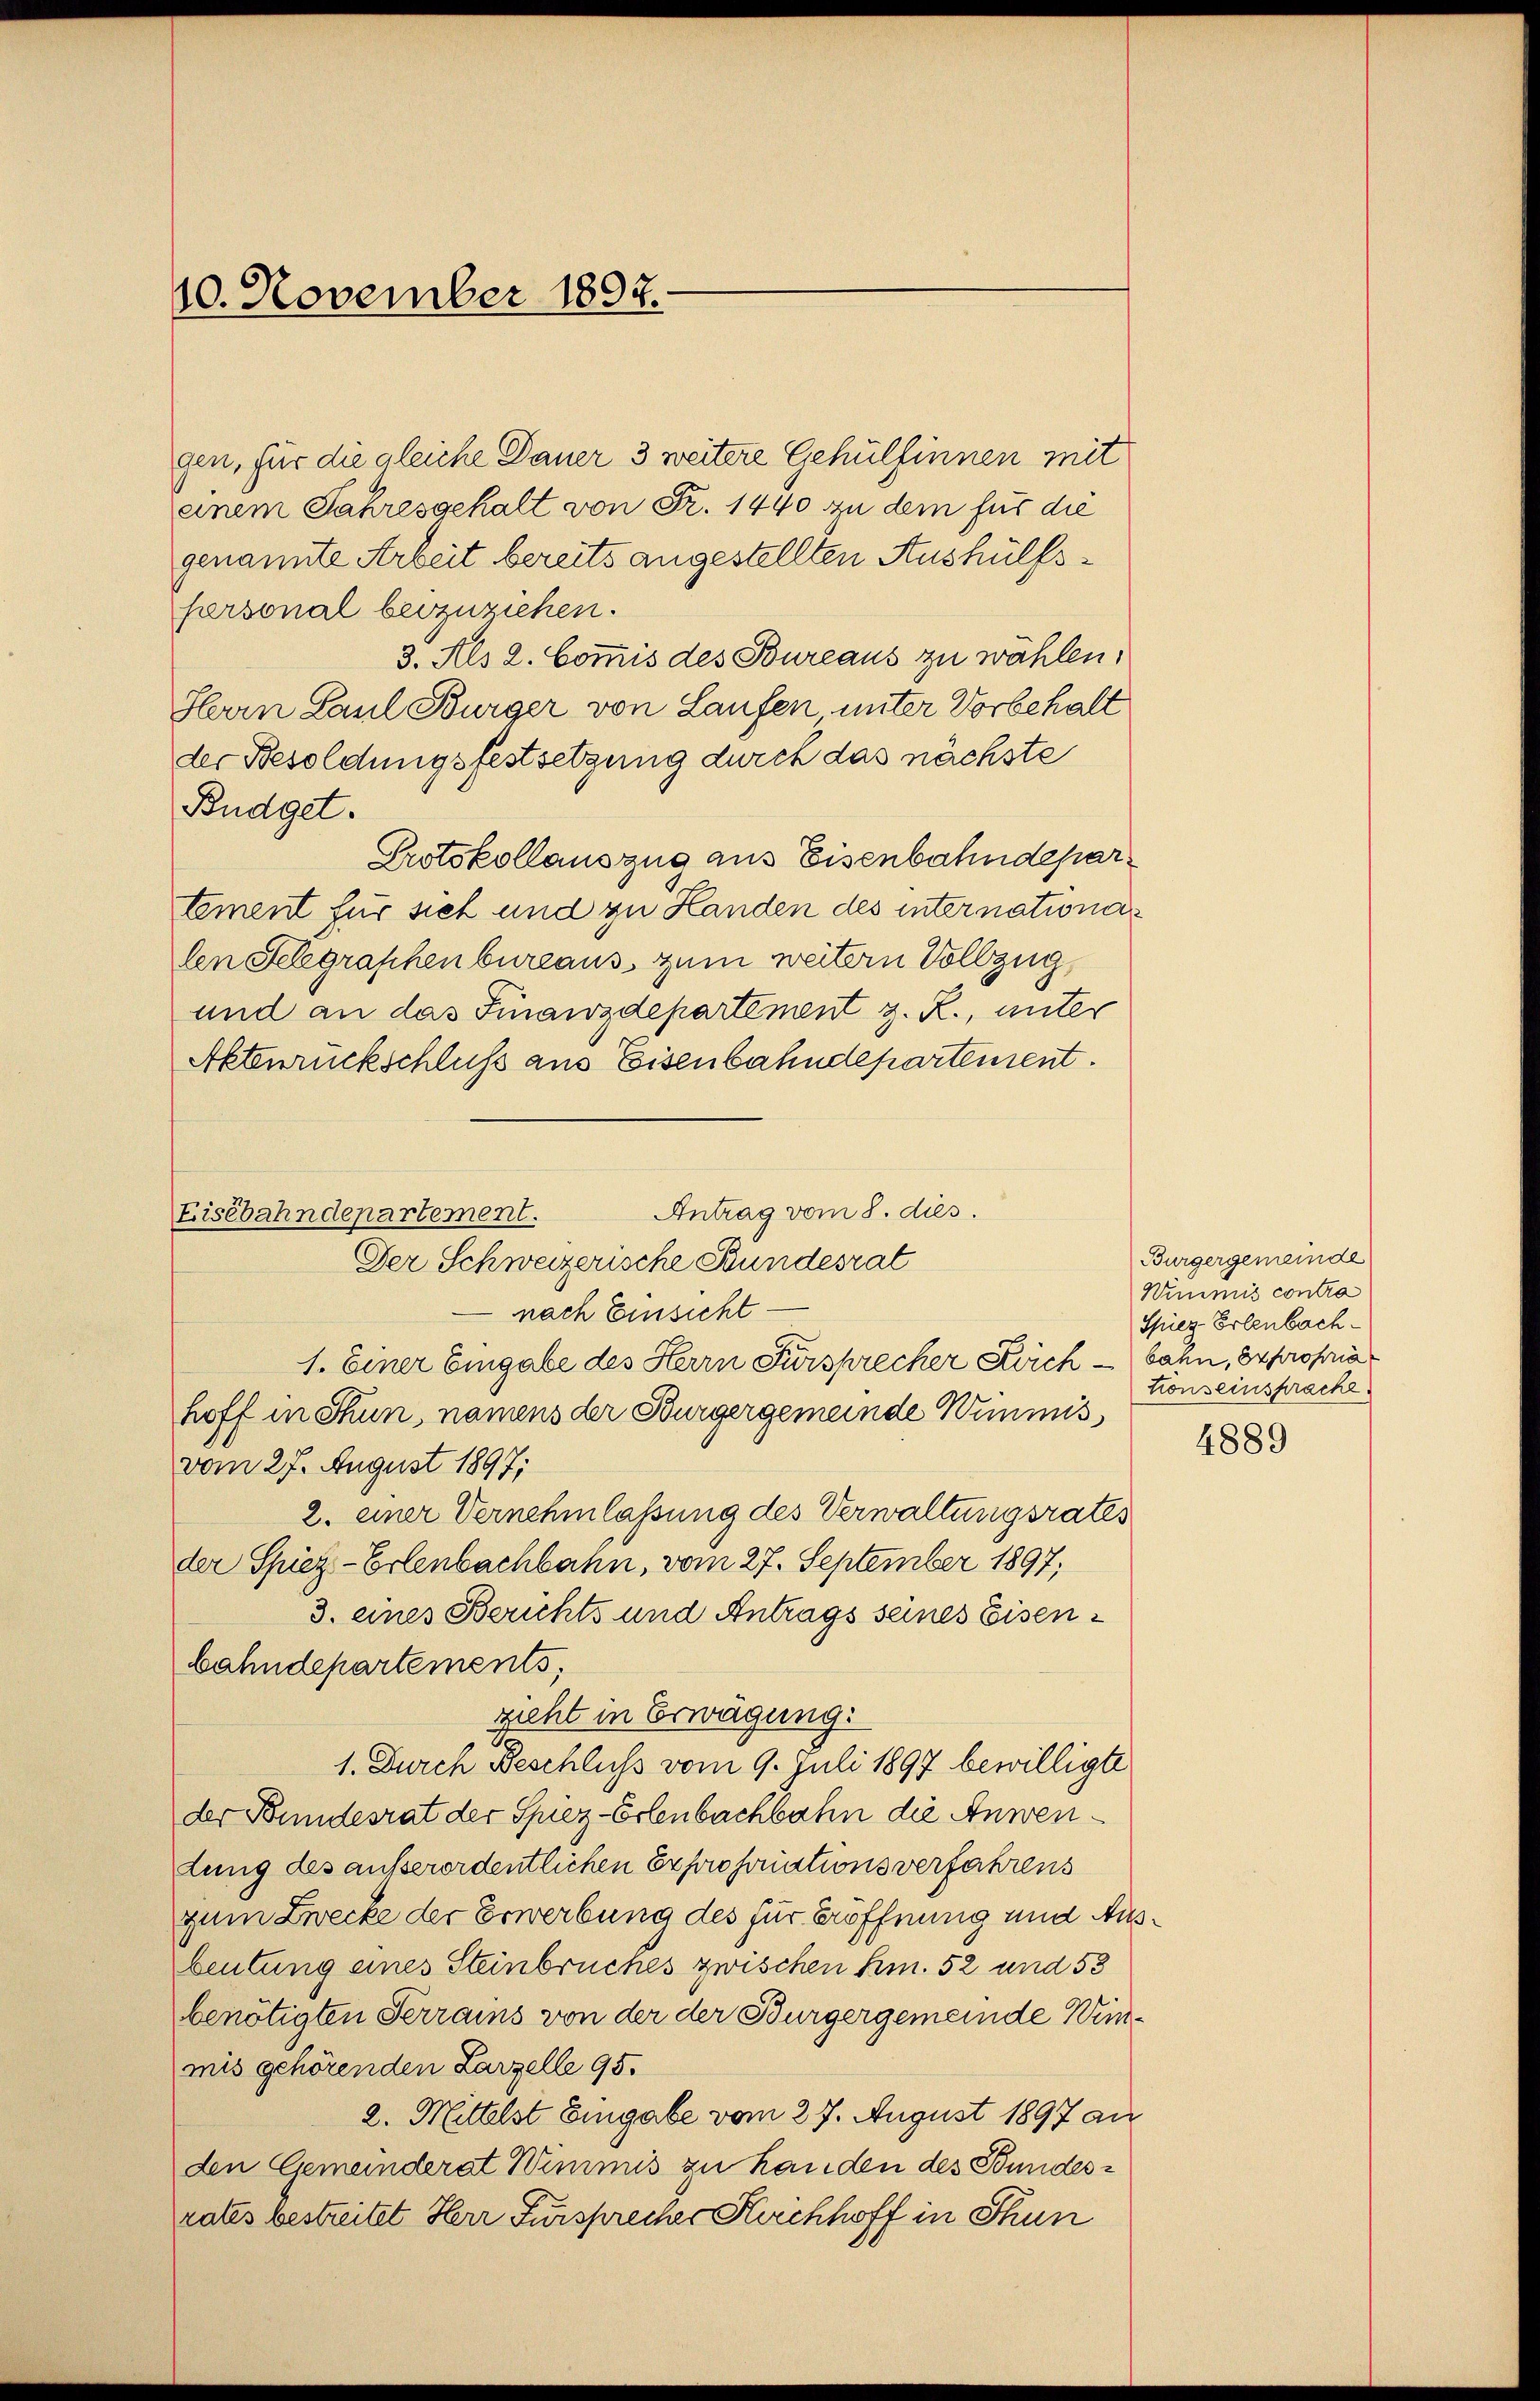
10. November 1892.

Antrag vom 8. dies
Lisébahndepartement.
Der Schweizerische Bundesrat

gen, für die gleiche Dauer 3 weitere Gehülfinnen mit
einem Jahresgehalt von Fr. 1440 zu dem für die
genannte Arbeit bereits angestellten Aushülfshersonal beizuziehen.
3. Als 2. Commis des Bureaus zu wählen;
Herrn Paul Bürger von Laufen unter Vorbehalt
der Besoldungsfestsetzung durch das nächste
Budget.
Protokollauszug aus Eisenbahndepartement für sich und zu Handen des internationalen Selegraphenbureaus zum weitern Vollzug
und an das Finanzdepartement z. R., unter
Aktenrückschluß aus Eisenbahndepartement.
nach Einsicht
1. Einer Eingabe des Herrn Fürsprecher Krich - bahn, Expropria
hoff in Thun, namens der Bürgergemeinde Wimmis
vom 27. August 1897;
2. einer Vernehmlassung des Verwaltungsrates
der Spiez-Erlenbachbahn, vom 27. September 1897;
3. eines Berichts und Antrags seines Eisenbahndepartements;
zieht in Erwägung:
S.
1. Durch Beschluss vom 9. Juli 1897 bewilligte
der Bundesrat der Spiez-Erlenbachbahn die Anwendung des außerordentlichen Exproporationsverfahrens
zum Zwecke der Erwerbung des für Eröffnung und Anbeutung eines Steinbruches zwischen bin. 52 und 53
benötigten Terrains von der der Bürgergemeinde Winmis gehörenden Larzelle 95.
2. Mittelst Eingabe vom 27. August 1897 an
den Gemeinderat Wimmis zu handen des Bundesrates bestreitet Herr Fürsprecher Kirchhoff in Thun

Bürgergemeinde
Wimmis contra
Spiez Erlenbachtonseinsprache

4889